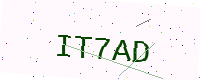
Text: IT7AD